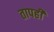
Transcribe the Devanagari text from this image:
तापही